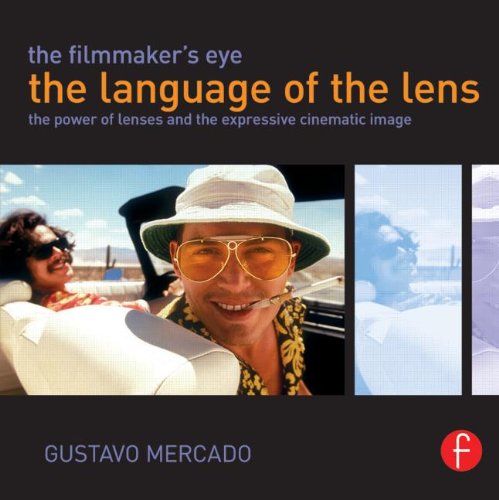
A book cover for The Filmmaker's Eye: The Language of the Lens: The Power of Lenses and the Expressive Cinematic Image; Gustavo Mercado; Arts & Photography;